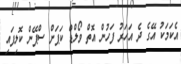
އެކަމަކު އޭގެ ދެ އަހަރު ފަހުން އޮތް ވޯލްޑް ކަޕަށް ސްޕޭން ކޮލިފައި